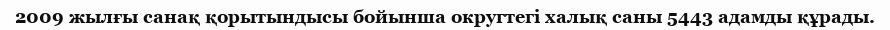
2009 жылғы санақ қорытындысы бойынша округтегі халық саны 5443 адамды құрады.